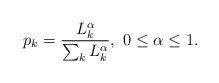
LaTeX: \begin{align*}p_k=\frac{L^{\alpha}_k}{\sum_{k}L^{\alpha}_k}, \ 0\le \alpha\le 1.\end{align*}